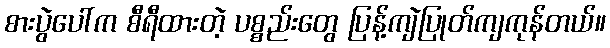
စားပွဲပေါ်က စီရီထားတဲ့ ပစ္စည်းတွေ ပြန့်ကျဲပြုတ်ကျကုန်တယ်။